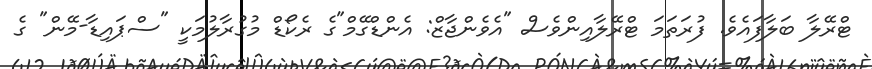
ޓްރޭލާ ބަލާފައެވެ. ފުރަތަމަ ޓްރޭލާއިންވެސް "އެވެންޖާޒް: އެންޑްގޭމް"ގެ ރެކޯޑް މުގުރާލުމަކީ "ސްޕައިޑާ-މޭން" ގެ